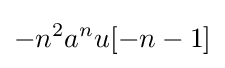
-n^{2}a^{n}u[-n-1]